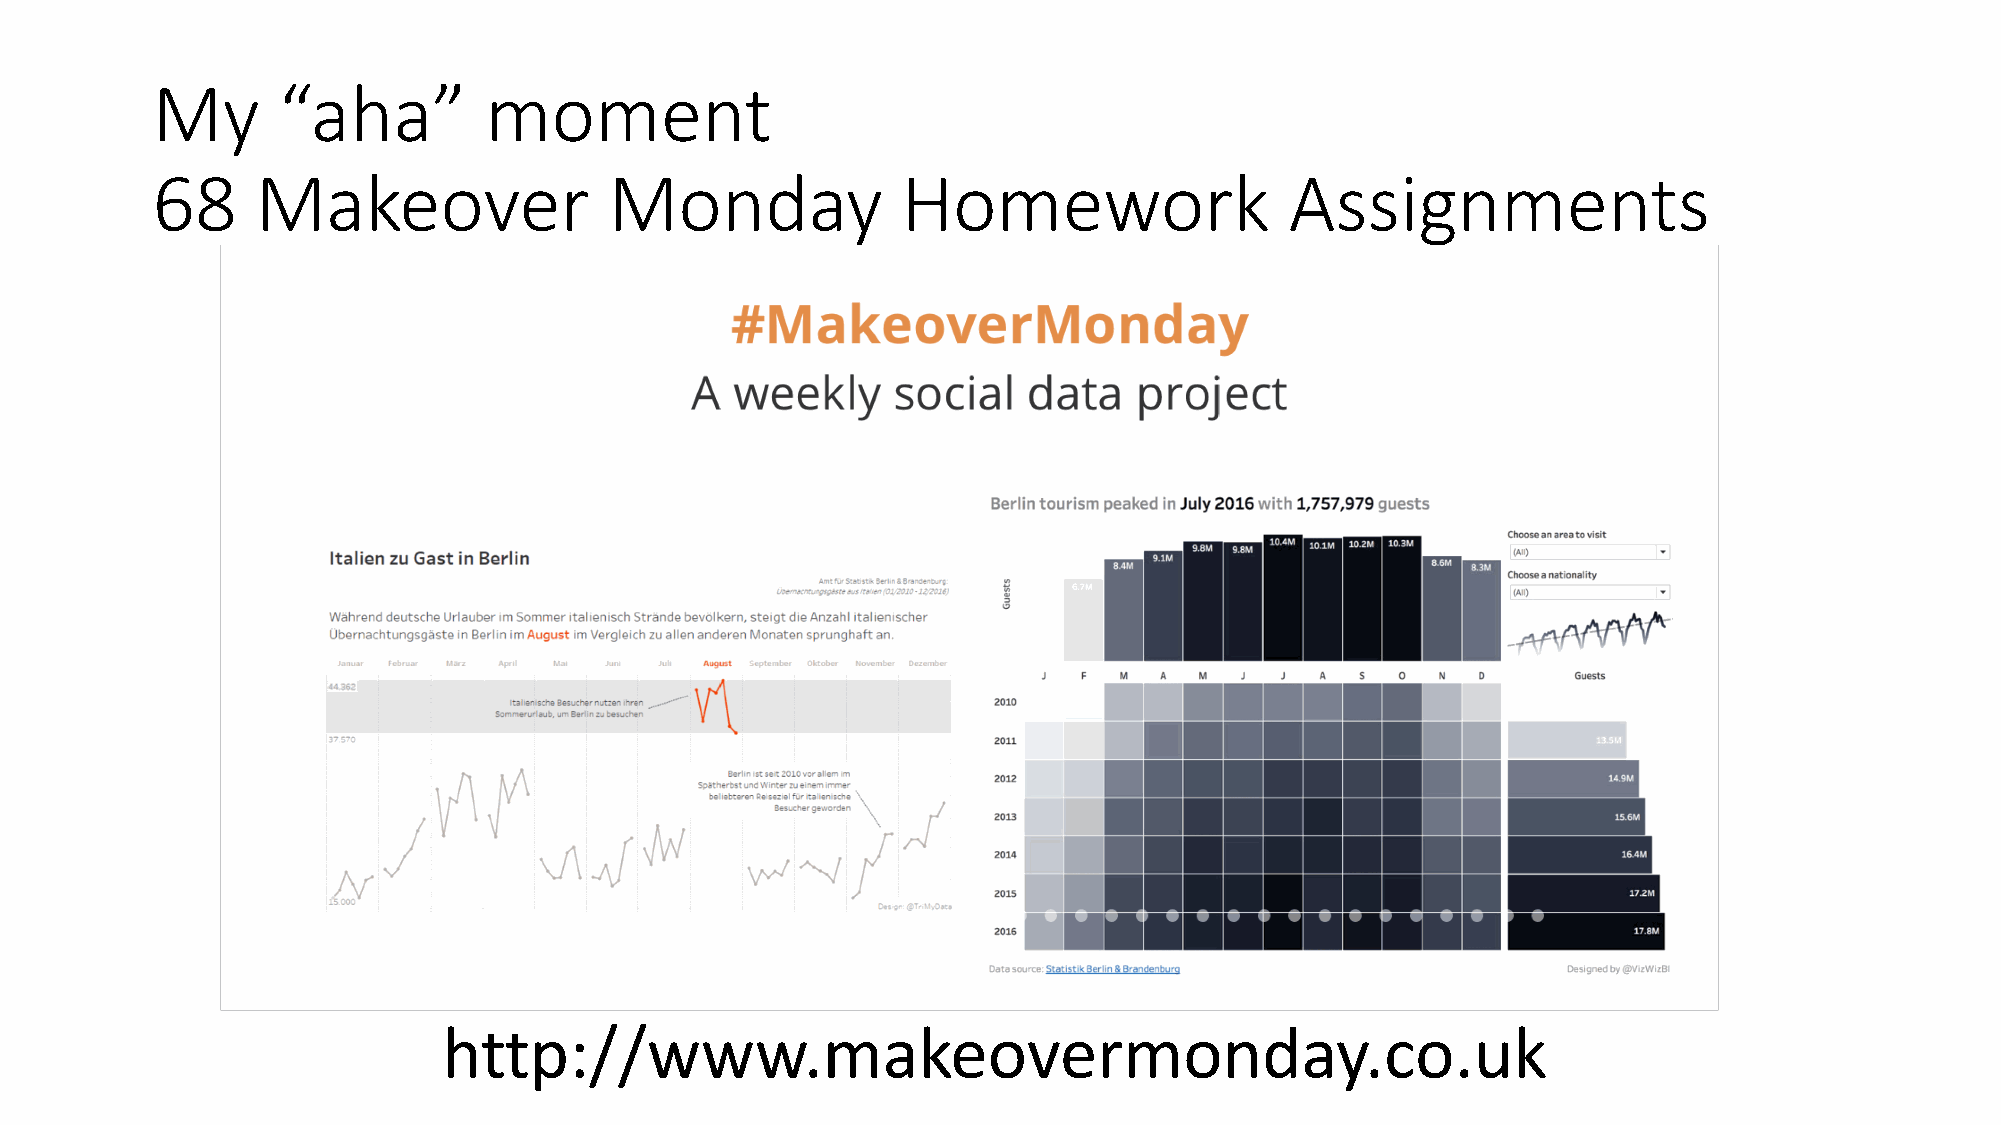
My      “aha”         moment
 68     Makeover               Monday              Homework                 Assignments
 http://www.makeovermonday.co.uk